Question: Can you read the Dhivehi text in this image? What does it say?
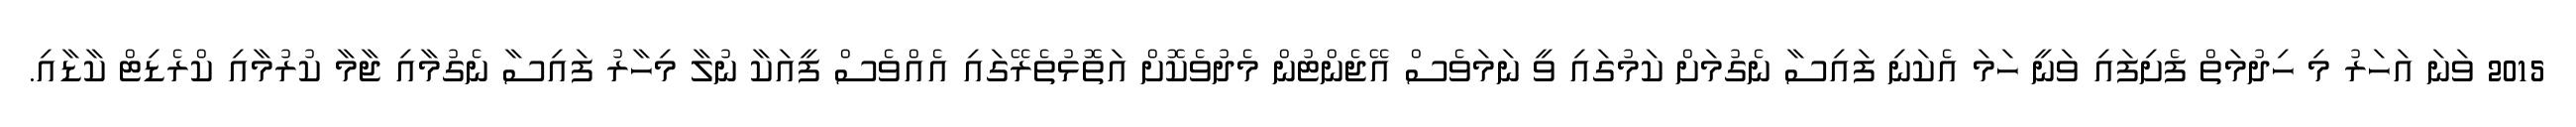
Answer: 2015 ވަނަ އަހަރު މި ހިދުމަތް ފެށިފައި ވަނީ ހަމަ އެކަނި ފައިސާ ނެގުމަށް ކަމުގައި ވީ ނަމަވެސް އޭޖެންޓުން މެދުވެކޮށް އަތޮޅުތެރޭގައި އެއްވެސް ފީއަކާ ނުލާ މިހާރު ފައިސާ ނެގުމާއި ޖާމާ ކުރުމާއި ކްރެޑިޓް ކާޑާއި.